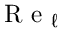
\textrm { R e } _ { \ell }